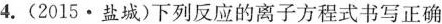
4.(2015·盐城)下列反应的离子方程式书写正确